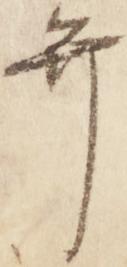
弁